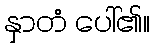
နှာတံ ပေါ်၏။